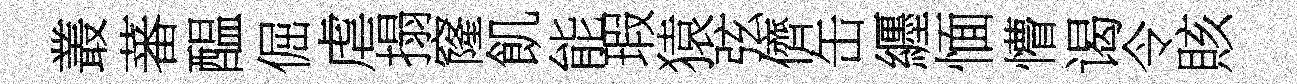
叢蕃醖倔虐搨窿飢能瑕猿弦儕缶纒愐懵谒令賅